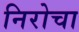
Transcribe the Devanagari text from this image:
निरोचा